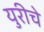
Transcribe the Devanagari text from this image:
युरीचे